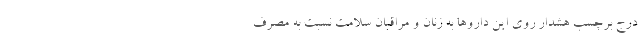
درج برچسب هشدار روی این داروها به زنان و مراقبان سلامت نسبت به مصرف